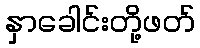
နှာခေါင်းတို့ဖတ်